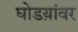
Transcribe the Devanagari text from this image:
घोडय़ांवर